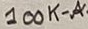
Text: 100K-A